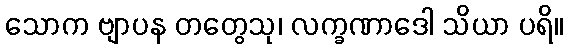
သောက ဗျာပန တတွေသု၊ လက္ခဏာဒေါ သိယာ ပရိ။